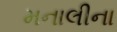
મનાલીના